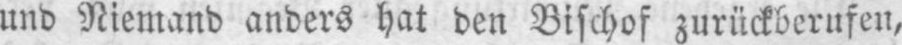
und Niemand anders hat den Bischof zurückberufen,